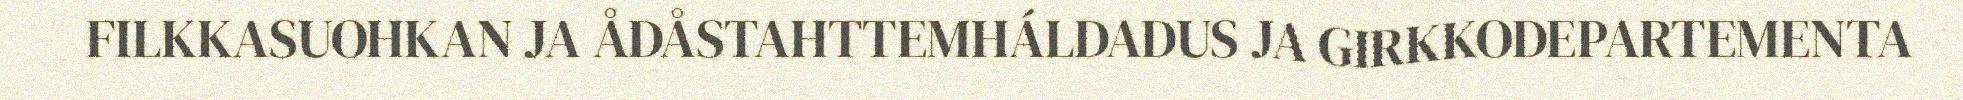
FILKKASUOHKAN JA ÅDÅSTAHTTEMHÁLDADUS JA GIRKKODEPARTEMENTA